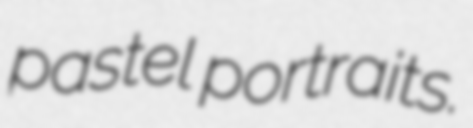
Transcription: pastel portraits.